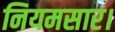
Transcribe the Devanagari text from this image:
नियमसार।